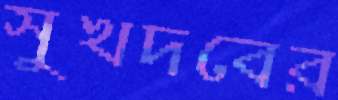
সুখদবের